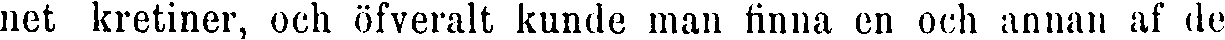
net kretiner, och öfveralt kunde man rinna en och annan af de